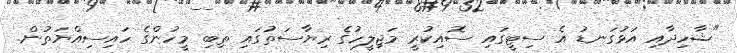
"ޝާހިދާއި އަޅުގަނޑު އެ ސިޓީގައި ސޮއިކުރީ މަޖިލީހުގެ ރިޔާސަތުގައި ތިބި މީހުންގެ ހައިސިއްޔަތުން.